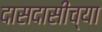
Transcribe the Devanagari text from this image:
दासदासींच्या